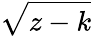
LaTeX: \sqrt{z-k}